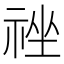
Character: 𰨃